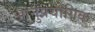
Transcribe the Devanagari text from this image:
आनुप्रयोगिक